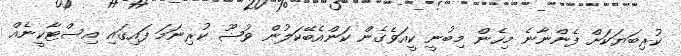
ކުރިބަޔަކަށް ފެންނާނެ މިހެން މިބުނީ ކީއަވެގެން ކަންއެބޭކަލުން ވުޟޫ ކުރިނަމަ ފައިގައި އިސްޓާކީނެއް